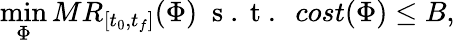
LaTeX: \operatorname*{min}_{\Phi}MR_{[t_{0},t_{f}]}(\Phi)\; \mathrm{~s~.~t~.~}\; cost(\Phi)\leq B,